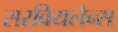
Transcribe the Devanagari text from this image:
सरवियलेन्स